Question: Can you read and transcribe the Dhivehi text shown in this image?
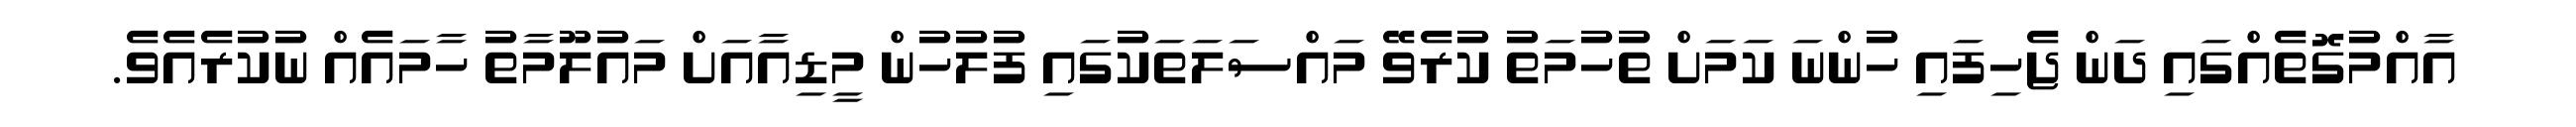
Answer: އާއްމުގޮތެއްގައި ދަން ޖެހިފައި ހުންނަ ކަމަށް ތުހުމަތު ކުރެވޭ މައްސަލަތަކުގައި ފުލުހުން މީޑިއާއަށް މައުލޫމާތު ހާމައެއް ނުކުރެއެވެ.